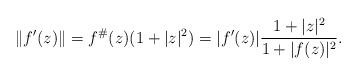
LaTeX: \begin{align*}\|f'(z)\|=f^\#(z)(1+|z|^2)=|f'(z)|\frac{1+|z|^2}{1+|f(z)|^2}.\end{align*}